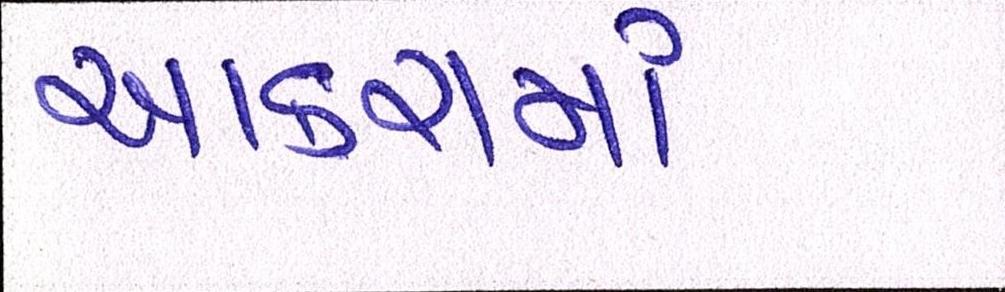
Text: આકરામાં